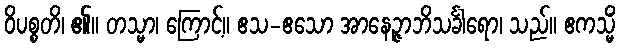
ဝိပစ္စတိ၊ ၏။ တသ္မာ၊ ကြောင့်။ ဧသ-ဧသော အာနေဉ္ဇာဘိသင်္ခါရော၊ သည်။ ဧကသ္မိံ